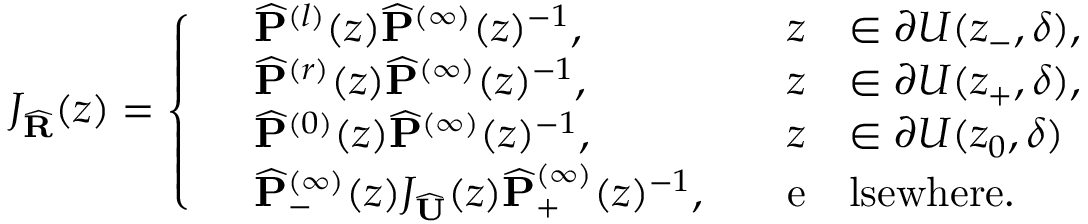
J _ { \widehat { \mathbf { R } } } ( z ) = \left\{ \begin{array} { r l r l } & { \widehat { \mathbf { P } } ^ { ( l ) } ( z ) \widehat { \mathbf { P } } ^ { ( \infty ) } ( z ) ^ { - 1 } , \quad } & { z } & { \in \partial U ( z _ { - } , \delta ) , } \\ & { \widehat { \mathbf { P } } ^ { ( r ) } ( z ) \widehat { \mathbf { P } } ^ { ( \infty ) } ( z ) ^ { - 1 } , \quad } & { z } & { \in \partial U ( z _ { + } , \delta ) , } \\ & { \widehat { \mathbf { P } } ^ { ( 0 ) } ( z ) \widehat { \mathbf { P } } ^ { ( \infty ) } ( z ) ^ { - 1 } , \quad } & { z } & { \in \partial U ( z _ { 0 } , \delta ) } \\ & { \widehat { \mathbf { P } } _ { - } ^ { ( \infty ) } ( z ) J _ { \widehat { \mathbf { U } } } ( z ) \widehat { \mathbf { P } } _ { + } ^ { ( \infty ) } ( z ) ^ { - 1 } , \quad } & { \mathrm { e } } & { \mathrm { l s e w h e r e } . } \end{array} \right.